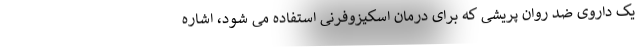
یک داروی ضد روان پریشی که برای درمان اسکیزوفرنی استفاده می شود، اشاره